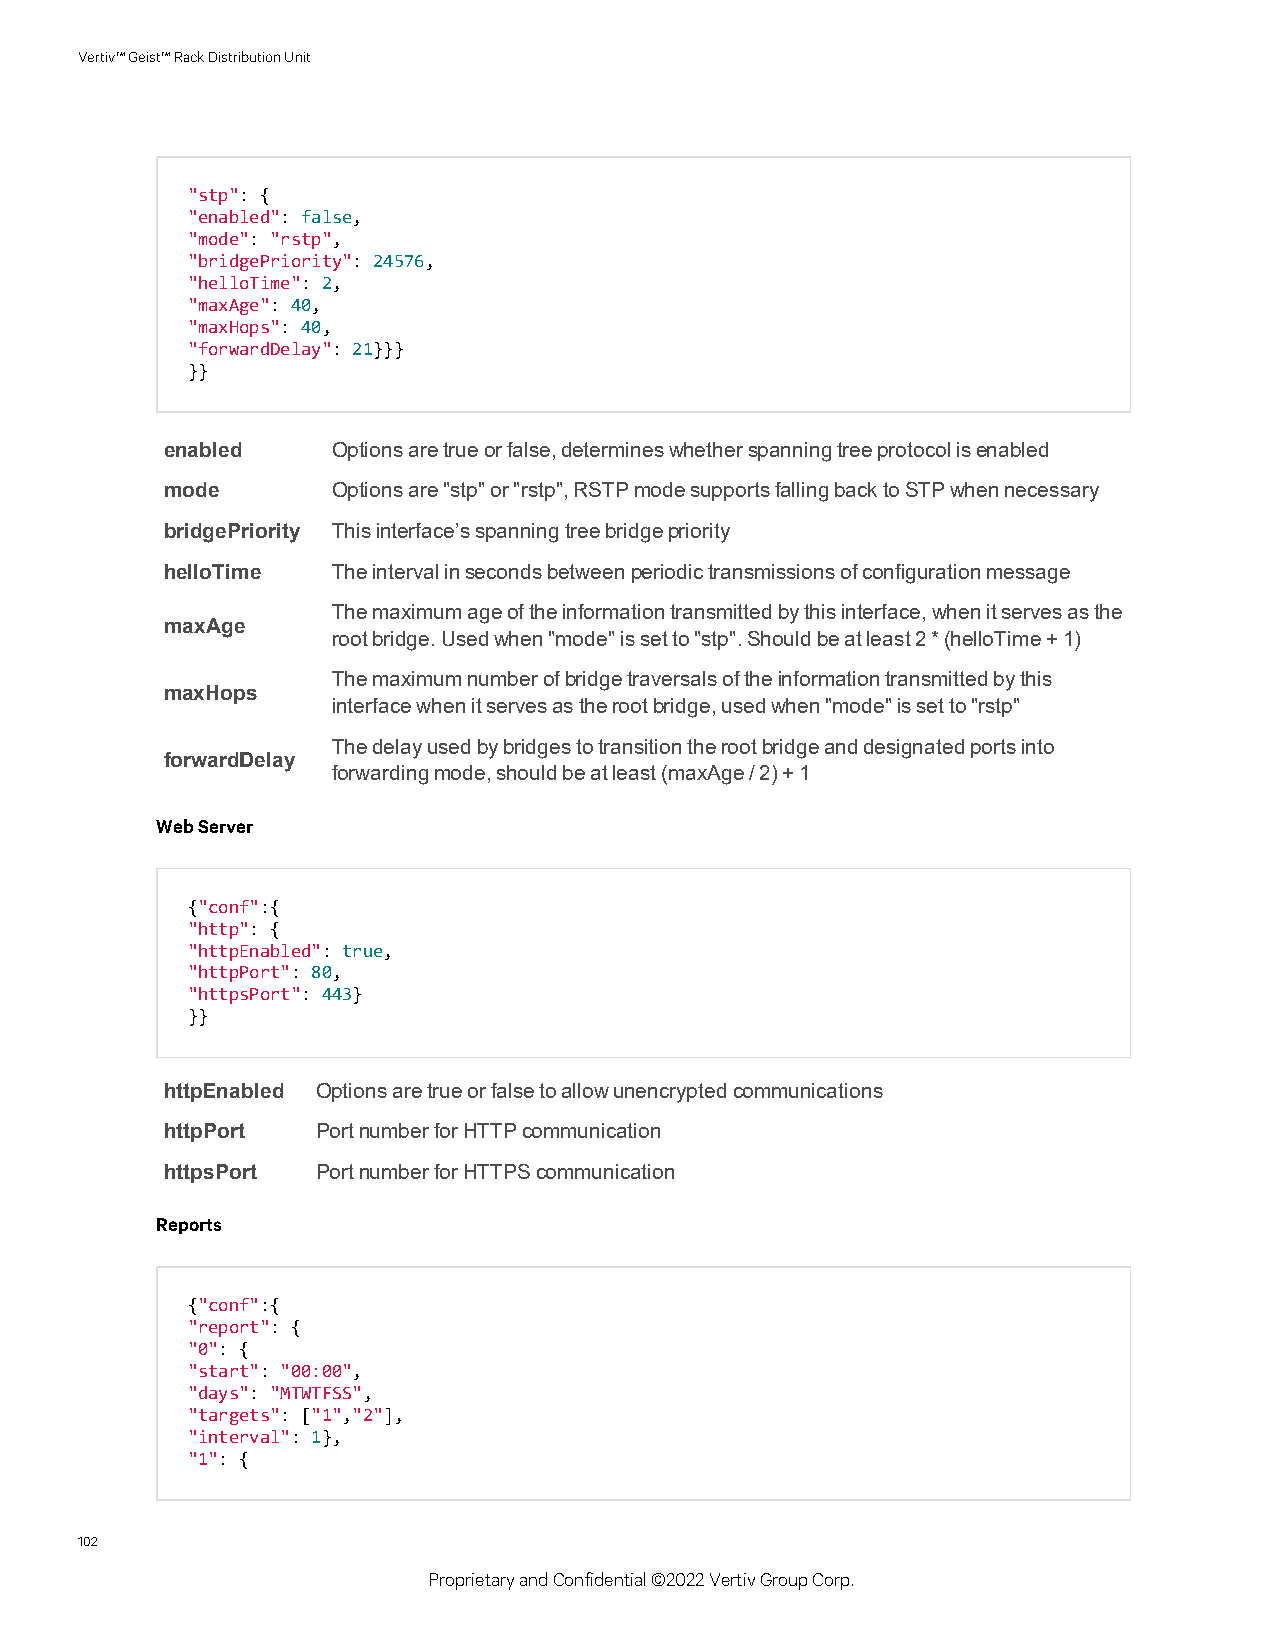
Vertiv™Geist™RackDistributionUnit
 "stp": {
 "enabled": false,
 "mode": "rstp",
 "bridgePriority": 24576,
 "helloTime": 2,
 "maxAge": 40,
 "maxHops": 40,
 "forwardDelay": 21}}}
 }}
 enabled    Optionsaretrueorfalse,determineswhetherspanningtreeprotocolisenabled
 mode       Optionsare"stp"or"rstp",RSTPmodesupportsfallingbacktoSTPwhennecessary
 bridgePriority Thisinterface’sspanningtreebridgepriority
 helloTime  Theintervalinsecondsbetweenperiodictransmissionsofconfigurationmessage
 Themaximumageoftheinformationtransmittedbythisinterface,whenitservesasthe
 maxAge
 rootbridge.Usedwhen"mode"issetto"stp".Shouldbeatleast2*(helloTime+1)
 Themaximumnumberofbridgetraversalsoftheinformationtransmittedbythis
 maxHops
 interfacewhenitservesastherootbridge,usedwhen"mode"issetto"rstp"
 Thedelayusedbybridgestotransitiontherootbridgeanddesignatedportsinto
 forwardDelay
 forwardingmode,shouldbeatleast(maxAge/2)+1
 WebServer
 {"conf":{
 "http": {
 "httpEnabled": true,
 "httpPort": 80,
 "httpsPort": 443}
 }}
 httpEnabled Optionsaretrueorfalsetoallowunencryptedcommunications
 httpPort  PortnumberforHTTPcommunication
 httpsPort PortnumberforHTTPScommunication
 Reports
 {"conf":{
 "report": {
 "0": {
 "start": "00:00",
 "days": "MTWTFSS",
 "targets": ["1","2"],
 "interval": 1},
 "1": {
 102
 ProprietaryandConfidential©2022VertivGroupCorp.